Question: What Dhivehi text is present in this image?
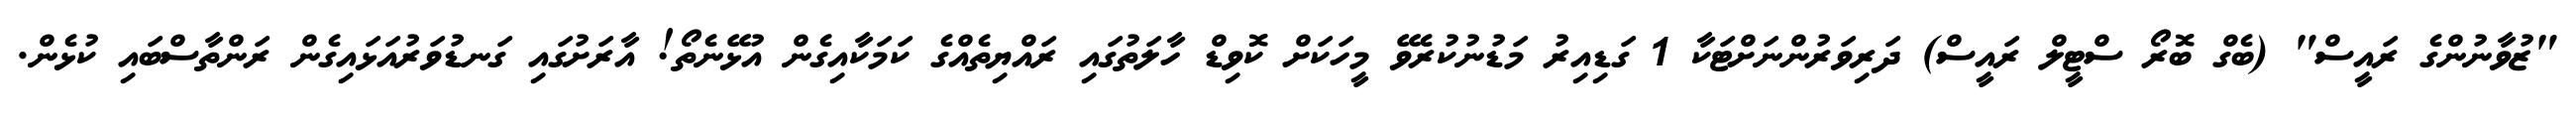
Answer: "ޒުވާނުންގެ ރައީސް" (ބެގް ބޮރޯ ސްޓީލް ރައީސް) ދަރިވަރުންނަށްޓަކާ 1 ގަޑިއިރު މަޑުނުކުރެވޭ މީހަކަށް ކޮވިޑް ހާލަތުގައި ރައްޔިތެއްގެ ކަމަކާއިގެން އުޅޭނެތޯ! އާރަށުގައި ގަނޑުވަރުއަޅައިގެން ރަންތާސްބައި ކުޅެން.